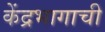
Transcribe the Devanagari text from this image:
केंद्रभागाची